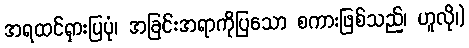
အရထင်ရှားပြပုံ၊ အခြင်းအရာကိုပြသော စကားဖြစ်သည်၊ ဟူလို၊)